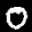
Label: 0